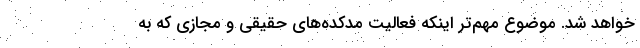
خواهد شد. موضوع مهم‌تر اینکه فعالیت مدکده‌های حقیقی و مجازی که به